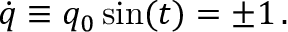
\dot { q } \equiv q _ { 0 } \sin ( t ) = \pm 1 \, .